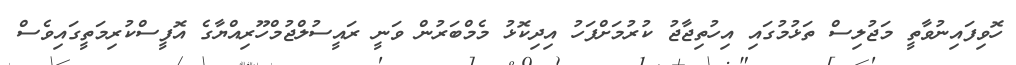
ހޮވިފައިނުވާތީ މަޖުލިސް ތަޅުމުގައި އިހުތިޖާޖު ކުރުމަށްފަހު އިދިކޮޅު މެމްބަރުން ވަނީ ރައީސުލްޖުމްހޫރިއްޔާގެ އޮފީސްކުރިމަތީގައިވެސް